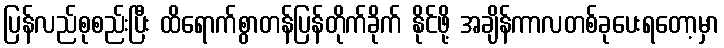
ပြန်လည်စုစည်းပြီး ထိရောက်စွာတန်ပြန်တိုက်ခိုက် နိုင်ဖို့ အချိန်ကာလတစ်ခုပေးရတော့မှာ